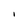
Character: l